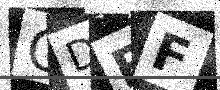
Text: QDFF